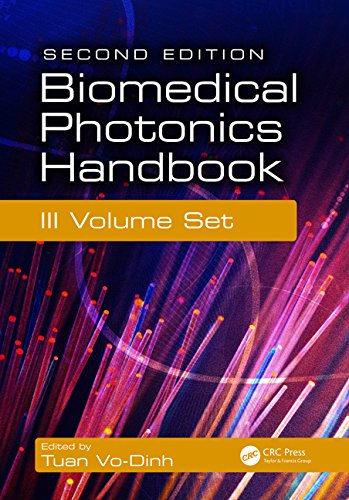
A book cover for Biomedical Photonics Handbook, 3 Volume Set, Second Edition; Science & Math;